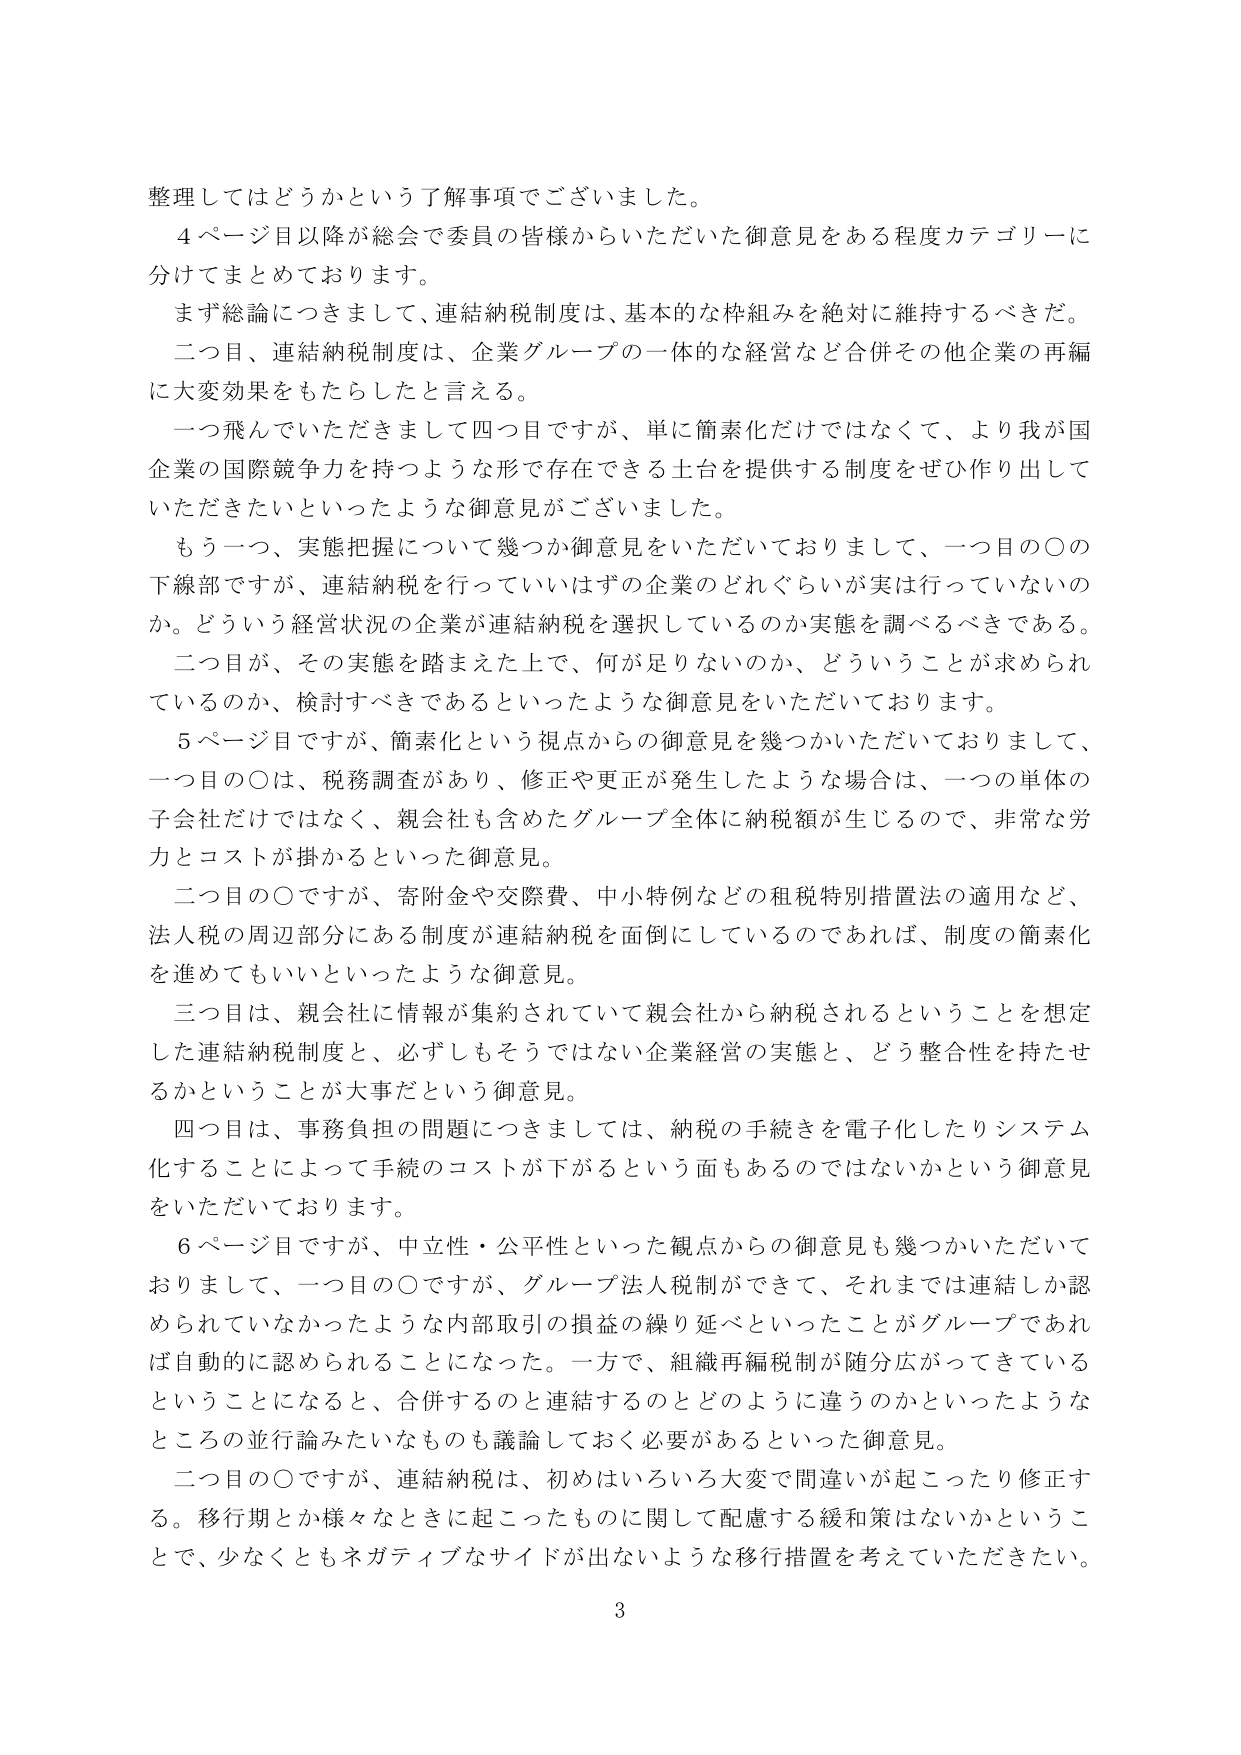
整理してはどうかという了解事項でございました。

４ページ目以降が総会で委員の皆様からいただいた御意見をある程度カテゴリーに分けてまとめております。

まず総論につきまして、連結納税制度は、基本的な枠組みを絶対に維持するべきだ。

二つ目、連結納税制度は、企業グループの一体的な経営など合併その他企業の再編に大変効果をもたらしたと言える。

一つ飛んでいただきまして四つ目ですが、単に簡素化だけではなくて、より我が国企業の国際競争力を持つような形で存在できる土台を提供する制度をぜひ作り出していただきたいといったような御意見がございました。

もう一つ、実態把握について幾つか御意見をいただいておりまして、一つ目の〇の下線部ですが、連結納税を行っていいはずの企業のどれぐらいが実は行っていないのか。どういう経営状況の企業が連結納税を選択しているのか実態を調べるべきである。

二つ目が、その実態を踏まえた上で、何が足りないのか、どういうことが求められているのか、検討すべきであるといったような御意見をいただいております。

５ページ目ですが、簡素化という視点からの御意見を幾つかいただいておりまして、一つ目の〇は、税務調査があり、修正や更正が発生したような場合は、一つの単体の子会社だけではなく、親会社も含めたグループ全体に納税額が生じるので、非常な労力とコストが掛かるといった御意見。

二つ目の〇ですが、寄附金や交際費、中小特例などの租税特別措置法の適用など、法人税の周辺部分にある制度が連結納税を面倒にしているのであれば、制度の簡素化を進めてもいいといったような御意見。

三つ目は、親会社に情報が集約されていて親会社から納税されるということを想定した連結納税制度と、必ずしもそうではない企業経営の実態と、どう整合性を持たせるかということが大事だという御意見。

四つ目は、事務負担の問題につきましては、納税の手続きを電子化したりシステム化することによって手続のコストが下がるという面もあるのではないかという御意見をいただいております。

６ページ目ですが、中立性・公平性といった観点からの御意見も幾つかいただいておりまして、一つ目の〇ですが、グループ法人税制ができて、それまでは連結しか認められていなかったような内部取引の損益の繰り延べといったことがグループであれば自動的に認められることになった。一方で、組織再編税制が随分広がってきているということになると、合併するのと連結するのとどのように違うのかといったようなところの並行論みたいなものも議論しておく必要があるといった御意見。

二つ目の〇ですが、連結納税は、初めはいろいろ大変で間違いが起こったり修正する。移行期とか様々なときに起こったものに関して配慮する緩和策はないかということで、少なくともネガティブなサイドが出ないような移行措置を考えていただきたい。

3